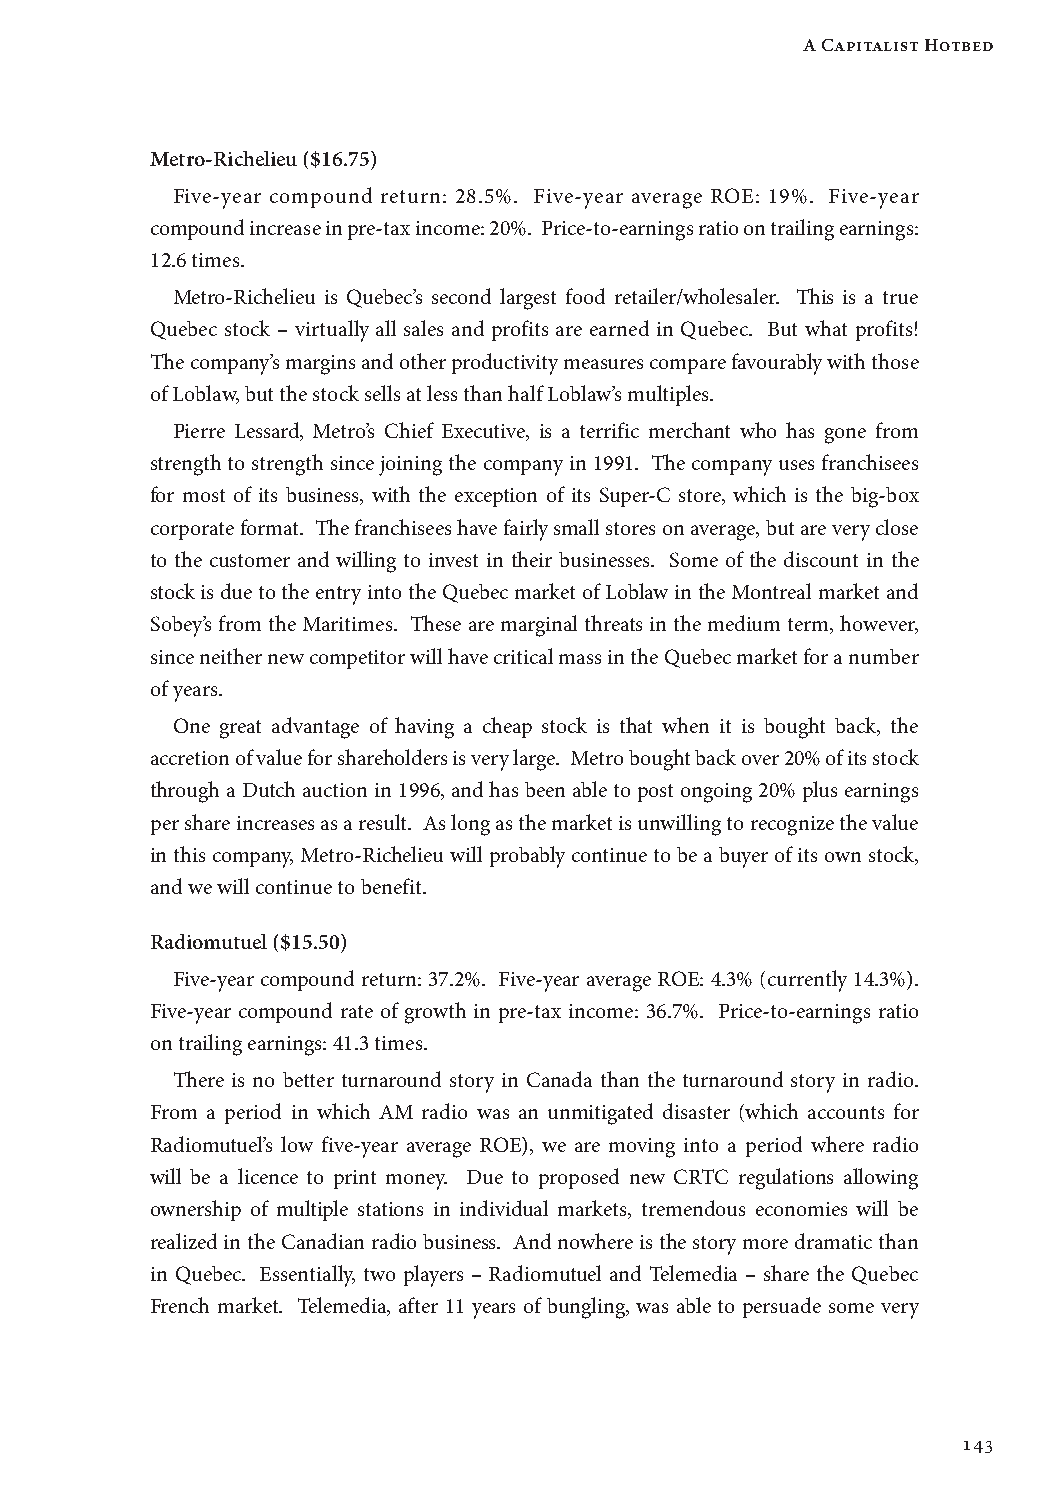
A Capitalist Hotbed
 Metro-Richelieu ($16.75)
 Five-year compound return: 28.5%. Five-year average ROE: 19%. Five-year
 compound increase in pre-tax income: 20%. Price-to-earnings ratio on trailing earnings:
 12.6 times.
 Metro-Richelieu is Quebec’s second largest food retailer/wholesaler. This is a true
 Quebec stock – virtually all sales and profits are earned in Quebec. But what profits!
 The company’s margins and other productivity measures compare favourably with those
 of Loblaw, but the stock sells at less than half Loblaw’s multiples.
 Pierre Lessard, Metro’s Chief Executive, is a terrific merchant who has gone from
 strength to strength since joining the company in 1991. The company uses franchisees
 for most of its business, with the exception of its Super-C store, which is the big-box
 corporate format. The franchisees have fairly small stores on average, but are very close
 to the customer and willing to invest in their businesses. Some of the discount in the
 stock is due to the entry into the Quebec market of Loblaw in the Montreal market and
 Sobey’s from the Maritimes. These are marginal threats in the medium term, however,
 since neither new competitor will have critical mass in the Quebec market for a number
 of years.
 One great advantage of having a cheap stock is that when it is bought back, the
 accretion of value for shareholders is very large. Metro bought back over 20% of its stock
 through a Dutch auction in 1996, and has been able to post ongoing 20% plus earnings
 per share increases as a result. As long as the market is unwilling to recognize the value
 in this company, Metro-Richelieu will probably continue to be a buyer of its own stock,
 and we will continue to benefit.
 Radiomutuel ($15.50)
 Five-year compound return: 37.2%. Five-year average ROE: 4.3% (currently 14.3%).
 Five-year compound rate of growth in pre-tax income: 36.7%. Price-to-earnings ratio
 on trailing earnings: 41.3 times.
 There is no better turnaround story in Canada than the turnaround story in radio.
 From a period in which AM radio was an unmitigated disaster (which accounts for
 Radiomutuel’s low five-year average ROE), we are moving into a period where radio
 will be a licence to print money. Due to proposed new CRTC regulations allowing
 ownership of multiple stations in individual markets, tremendous economies will be
 realized in the Canadian radio business. And nowhere is the story more dramatic than
 in Quebec. Essentially, two players – Radiomutuel and Telemedia – share the Quebec
 French market. Telemedia, after 11 years of bungling, was able to persuade some very
 143